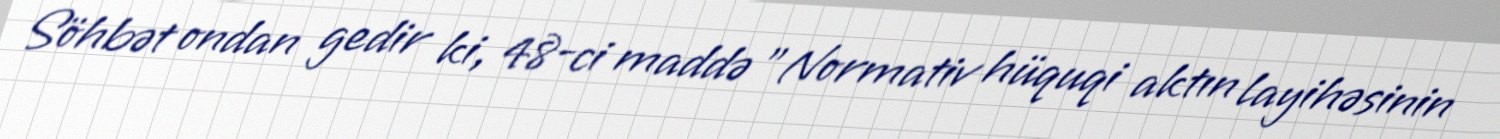
Söhbət ondan gedir ki, 48-ci maddə "Normativ hüquqi aktın layihəsinin